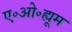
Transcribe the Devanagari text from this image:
ए॰ओ॰ह्यूम